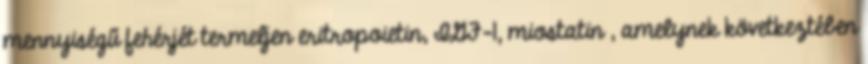
mennyiségű fehérjét termeljen eritropoietin, IGF-1, miostatin , amelynek következtében